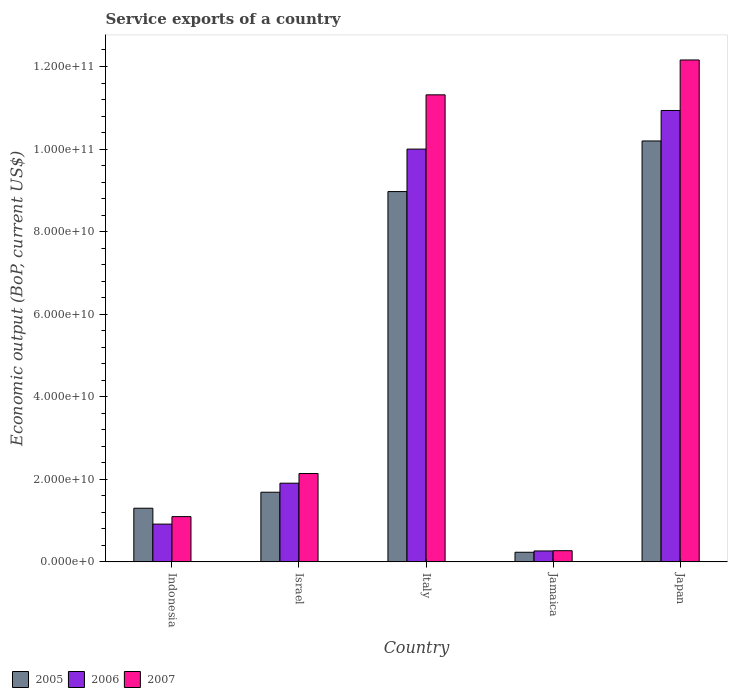
| Country | 2005 | 2006 | 2007 |
 | --- | --- | --- | --- |
 | Indonesia | 1.3e+10 | 9.15e+09 | 1.1e+10 |
 | Israel | 1.69e+10 | 1.91e+10 | 2.14e+10 |
 | Italy | 8.97e+10 | 1e+11 | 1.13e+11 |
 | Jamaica | 2.33e+09 | 2.65e+09 | 2.71e+09 |
 | Japan | 1.02e+11 | 1.09e+11 | 1.22e+11 |